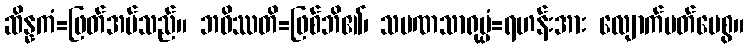
ဆိန္နကံ=ဖြတ်အပ်သည်။ ဘဝိဿတိ=ဖြစ်ဘိ၏၊ သမဏသာရုပ္ပံ=ရဟန်းအား လျောက်ပတ်ပေစွ။